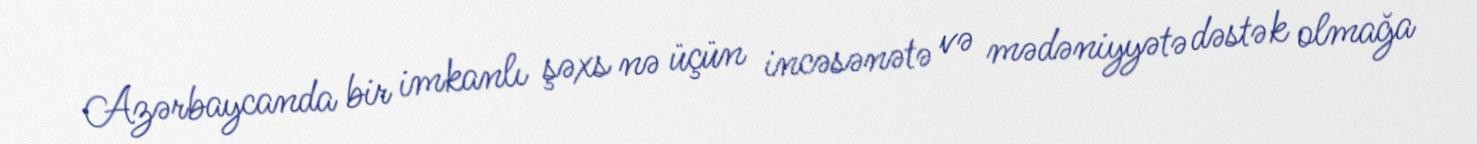
Azərbaycanda bir imkanlı şəxs nə üçün incəsənətə və mədəniyyətə dəstək olmağa